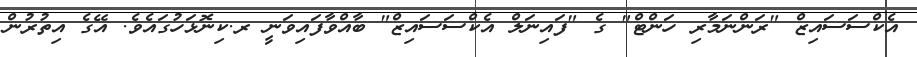
އެކްސަސައިޒް "ރަންނަމާރި ހަންޓް" ގެ "ފައިނަލް އެކްސަސައިޒް" ބާއްވާފައިވަނީ ރ.ކިނޮޅަހުގައެވެ. އޭގެ އިތުރުން